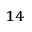
^ { 1 4 }